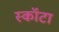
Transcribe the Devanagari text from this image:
स्कॉटा